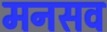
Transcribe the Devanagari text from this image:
मनसव